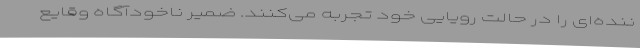
ننده‌ای را در حالت رویایی خود تجربه می‌کنند. ضمیر ناخودآگاه وقایع